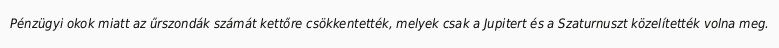
Pénzügyi okok miatt az űrszondák számát kettőre csökkentették, melyek csak a Jupitert és a Szaturnuszt közelítették volna meg.